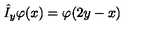
\hat { I } _ { y } \varphi ( x ) = \varphi ( 2 y - x )